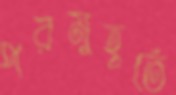
পরমুহূর্তে